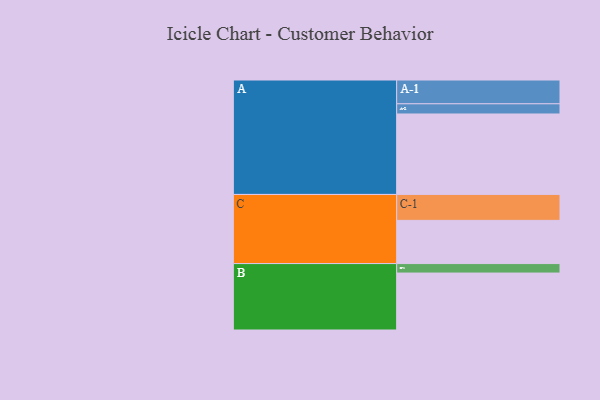
{"axis": {"x": "Segment", "y": "Value"}, "legend": ["", "A", "B", "C"], "data": [{"x": "A", "y": 568, "type": ""}, {"x": "B", "y": 402, "type": ""}, {"x": "C", "y": 305, "type": ""}, {"x": "A-1", "y": 168, "type": "A"}, {"x": "A-2", "y": 72, "type": "A"}, {"x": "B-1", "y": 67, "type": "B"}, {"x": "C-1", "y": 183, "type": "C"}]}